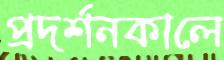
প্রদর্শনকালে